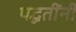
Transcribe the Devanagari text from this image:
पद्घतींनी